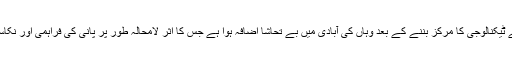
بنگلوراس انڈین شہر کے ٹیکنالوجی کا مرکز بننے کے بعد وہاں کی آبادی میں بے تحاشا اضافہ ہوا ہے جس کا اثر لامحالہ طور پر پانی کی فراہمی اور نکاسی کے نظام پر پڑا ہے۔